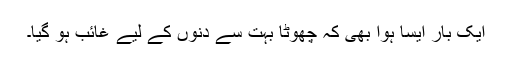
ایک بار ایسا ہوا بھی کہ چھوٹا بہت سے دنوں کے لیے غائب ہو گیا۔